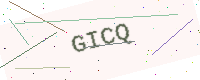
Text: GICQ